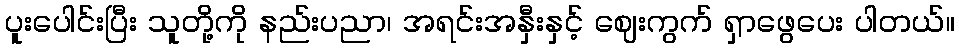
ပူးပေါင်းပြီး သူတို့ကို နည်းပညာ၊ အရင်းအနှီးနှင့် ဈေးကွက် ရှာဖွေပေး ပါတယ်။